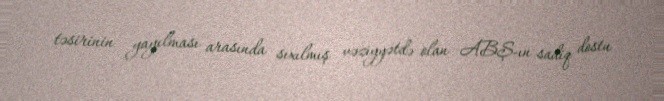
təsirinin yayılması arasında sıxılmış vəziyyətdə olan ABŞ-ın sadiq dostu